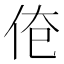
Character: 𰁱